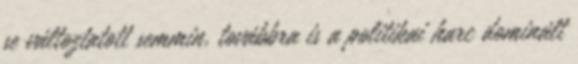
se változtatott semmin, továbbra is a politikai harc dominált